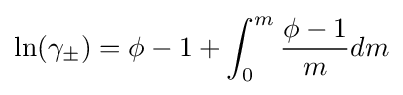
\ln(\gamma _{\pm })=\phi -1+\int _{0}^{m}{\frac {\phi -1}{m}}dm